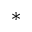
^ \ast